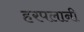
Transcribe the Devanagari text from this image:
हरपलानी